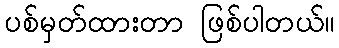
ပစ်မှတ်ထားတာ ဖြစ်ပါတယ်။